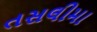
તસલીમા